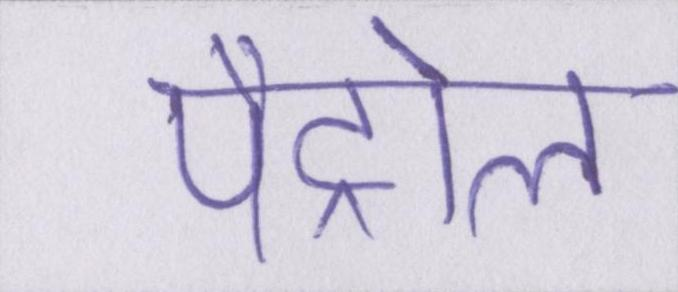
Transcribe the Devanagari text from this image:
पैट्रोल